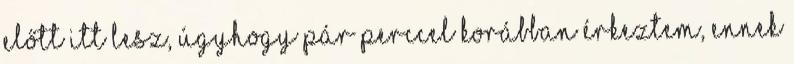
előtt itt lesz, úgyhogy pár perccel korábban érkeztem, ennek